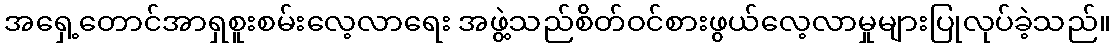
အရှေ့တောင်အာရှစူးစမ်းလေ့လာရေး အဖွဲ့သည်စိတ်ဝင်စားဖွယ်လေ့လာမှုများပြုလုပ်ခဲ့သည်။